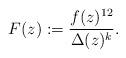
LaTeX: \begin{align*}F(z):=\frac{f(z)^{12}}{\Delta(z)^{k}}.\end{align*}